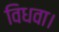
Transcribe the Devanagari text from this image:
विधवा।